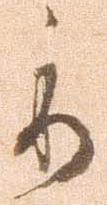
委